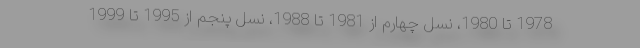
1978 تا 1980، نسل چهارم از 1981 تا 1988، نسل پنجم از 1995 تا 1999